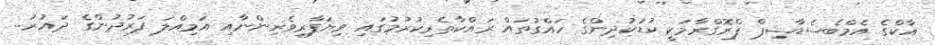
އާކްގެ އެމްބެސެޑާޝިޕް ޕްރޮގްރާމަކީ ކުޑަކުދިންގެ ހައްގުތައް ރައްކާތެރިކުރުމުގައި ވިޔަފާރިވެރިންނާއި އަމިއްލަ ފަރުދުންގެ ދައުރު..